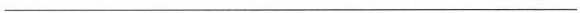
___